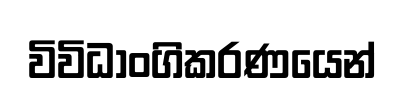
විවිධාංගිකරණයෙන්